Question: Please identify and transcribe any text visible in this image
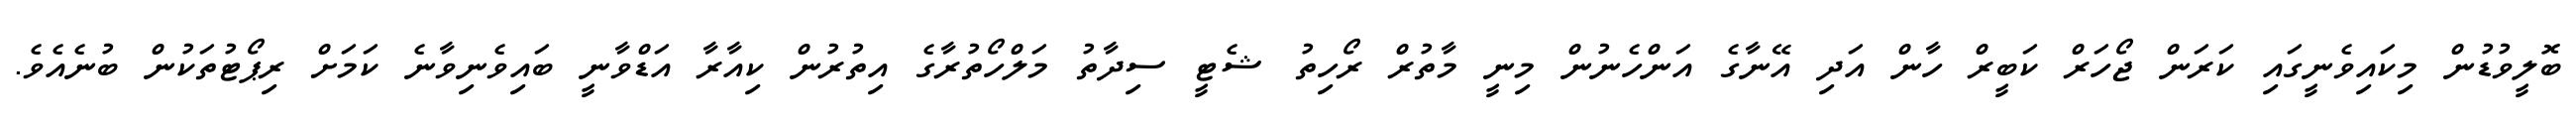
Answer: ބޮލީވުޑުން މިކައިވެނީގައި ކަރަން ޖޯހަރް ކަބީރް ހާން އަދި އޭނާގެ އަންހެނުން މިނީ މާތުރް ރޯހިތު ޝެޓީ ސިދާތު މަލްހޯތުރާގެ އިތުރުން ކިއާރާ އަޑްވާނީ ބައިވެނިވާނެ ކަމަށް ރިޕޯޓުތަކުން ބުނެއެވެ.